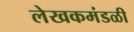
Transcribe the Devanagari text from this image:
लेखकमंडळी